Vaccine operations Central Provinces 1868-1885 - 1868-1885
Year: 1868
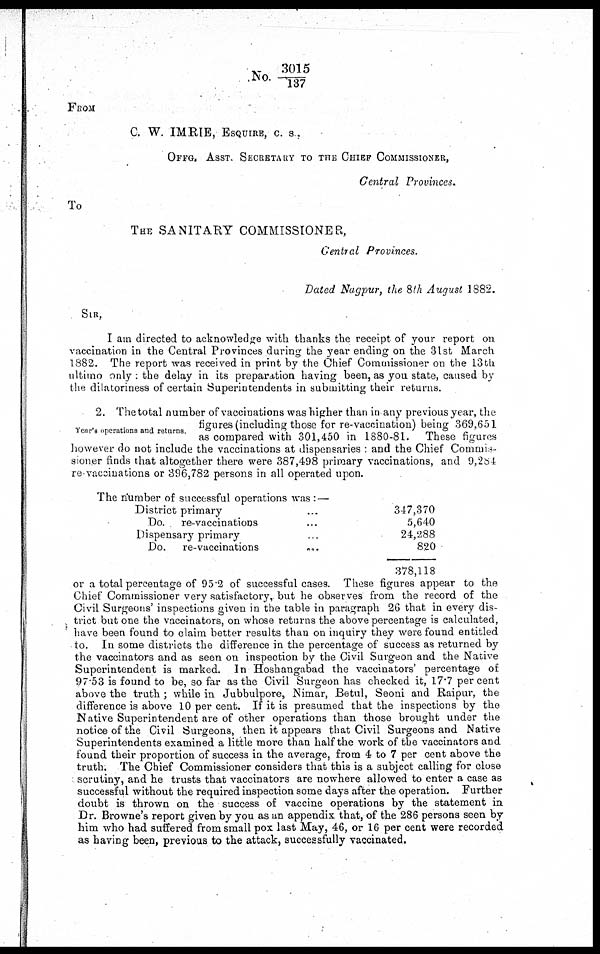
No. 3015/137
FROM
C. W. IMRIE, ESQUIRE, C. S,
OFFG. ASST. SECRETARY TO THE CHIEF COMMISSIONER,
Central Provinces.
To
THE SANITARY COMMISSIONER,
Central Provinces.
Dated Nagpur, the 8th August 1882.
SIR,
I am directed to acknowledge with thanks the receipt of your report on
vaccination in the Central Provinces during the year ending on the 31st March
1882. The report was received in print by the Chief Commissioner on the 13th
ultimo only : the delay in its preparation having been, as you state, caused by
the dilatoriness of certain Superintendents in submitting their returns.
Year's operations and returns.
2. The total number of vaccinations was higher than in any previous year, the
figures (including those for re-vaccination) being 369,651
as compared with 301,450 in 1880-81. These figures
however do not include the vaccinations at dispensaries : and the Chief Commis-
sioner finds that altogether there were 387,498 primary vaccinations, and 9,284
re-vaccinations or 396,782 persons in all operated upon.
The number of successful operations was : —
District primary ...
Do. re-vaccinations ...
Dispensary primary ...
Do. re-vaccinations
...
347,370
5,640
24,288
820
378,118
or a total percentage of 95.2 of successful cases. These figures appear to the
Chief Commissioner very satisfactory, but he observes from the record of the
Civil Surgeons' inspections given in the table in paragraph 26 that in every dis-
trict but one the vaccinators, on whose returns the above percentage is calculated,
have been found to claim better results than on inquiry they were found entitled
to. In some districts the difference in the percentage of success as returned by
the vaccinators and as seen on inspection by the Civil Surgeon and the Native
Superintendent is marked. In Hoshangabad the vaccinators' percentage of
97.53 is found to be, so far as the Civil Surgeon has checked it, 17.7 per cent
above the truth ; while in Jubbulpore, Nimar, Betul, Seoni and Raipur, the
difference is above 10 per cent. If it is presumed that the inspections by the
Native Superintendent are of other operations than those brought under the
notice of the Civil Surgeons, then it appears that Civil Surgeons and Native
Superintendents examined a little more than half the work of the vaccinators and
found their proportion of success in the average, from 4 to 7 per cent above the
truth. The Chief Commissioner considers that this is a subject calling for close
scrutiny, and he trusts that vaccinators are nowhere allowed to enter a case as
successful without the required inspection some days after the operation. Further
doubt is thrown on the success of vaccine operations by the statement in
Dr. Browne's report given by you as an appendix that, of the 286 persons seen by
him who had suffered from small pox last May, 46, or 16 per cent were recorded
as having been, previous to the attack, successfully vaccinated.